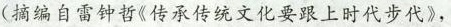
( 摘编自雷钟哲《传承传统文化要跟上时代步代》,